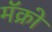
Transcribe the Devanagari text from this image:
मॅक्रो